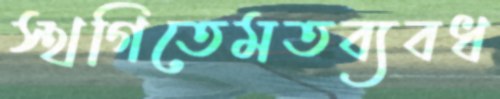
স্থগিতেমতব্যবধ